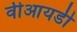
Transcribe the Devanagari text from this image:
वीआयडी